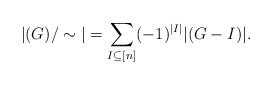
\begin{align*} |(G)/\sim|=\sum_{I\subseteq[n]}(-1)^{|I|}|(G-I)|.\end{align*}